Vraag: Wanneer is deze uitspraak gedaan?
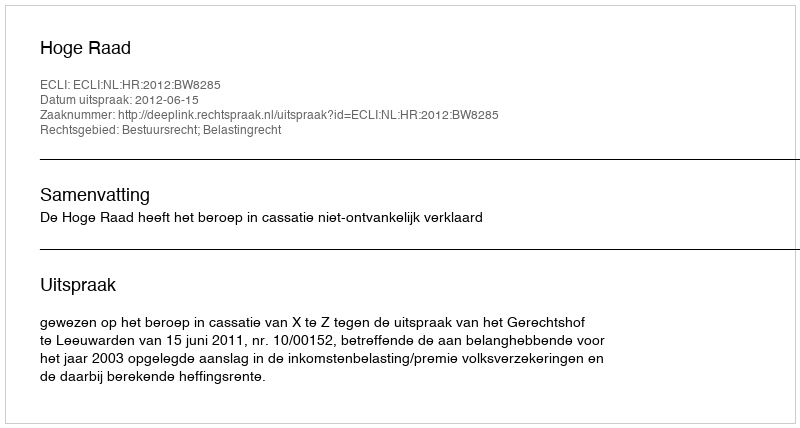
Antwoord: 2012-06-15